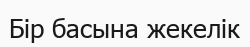
Бір басына жекелік